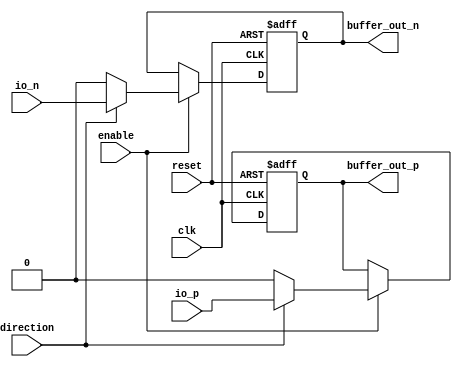
module differential_buffer (
    input             clk,
    input             reset,
    input             enable,
    input             direction,
    input             io_p,
    input             io_n,
    output reg  buffer_out_p,
    output reg  buffer_out_n
);

always @(posedge clk or posedge reset) begin
    if (reset) begin
        buffer_out_p <= 1'b0;
        buffer_out_n <= 1'b0;
    end else if (enable) begin
        if (direction) begin
            buffer_out_p <= io_p;
            buffer_out_n <= io_n;
        end else begin
            buffer_out_p <= 1'b0;
            buffer_out_n <= 1'b0;
        end
    end
end

endmodule